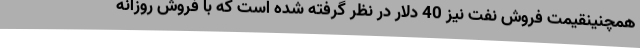
همچنینقیمت فروش نفت نیز 40 دلار در نظر گرفته شده است که با فروش روزانه